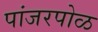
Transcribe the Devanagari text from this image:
पांजरपोळ